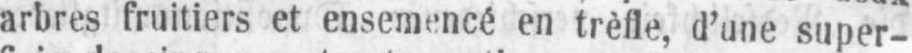
arbres fruitiers et ensemencé en trèfle, d’une super-